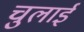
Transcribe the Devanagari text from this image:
चुलाई